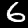
Label: 6